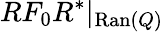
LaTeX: RF_{0}R^{*}|_{\mathrm{Ran}(Q)}